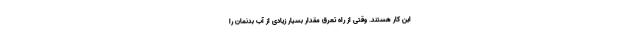
این کار هستند. وقتی از راه تعرق مقدار بسیار زیادی از آب بدنمان را